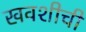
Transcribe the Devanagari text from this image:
खवशीची